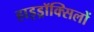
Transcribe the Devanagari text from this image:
हाइड्रॉक्सिलों